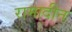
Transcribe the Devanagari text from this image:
रामादीन